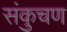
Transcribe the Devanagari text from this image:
संकुचण